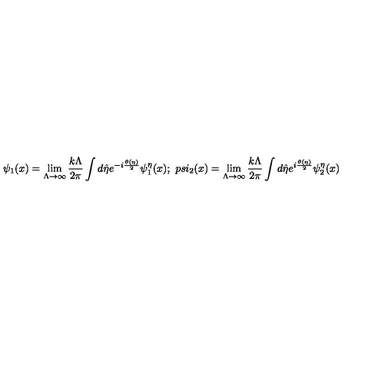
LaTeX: \psi _ { 1 } ( x ) = \lim _ { \Lambda \rightarrow \infty } \frac { k \Lambda } { 2 \pi } \int d \hat { \eta } e ^ { - i \frac { \theta ( \eta ) } { 2 } } \psi _ { 1 } ^ { \eta } ( x ) ; \ p s i _ { 2 } ( x ) = \lim _ { \Lambda \rightarrow \infty } \frac { k \Lambda } { 2 \pi } \int d \hat { \eta } e ^ { i \frac { \theta ( \eta ) } { 2 } } \psi _ { 2 } ^ { \eta } ( x )